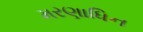
મરણાધિન